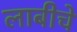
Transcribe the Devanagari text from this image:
लाबीचे